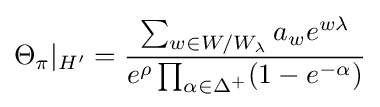
\Theta _{\pi }|_{H'}={\sum _{w\in W/W_{\lambda }}a_{w}e^{w\lambda } \over e^{\rho }\prod _{\alpha \in \Delta ^{+}}(1-e^{-\alpha })}